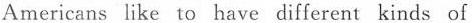
Americans like to have different kinds of